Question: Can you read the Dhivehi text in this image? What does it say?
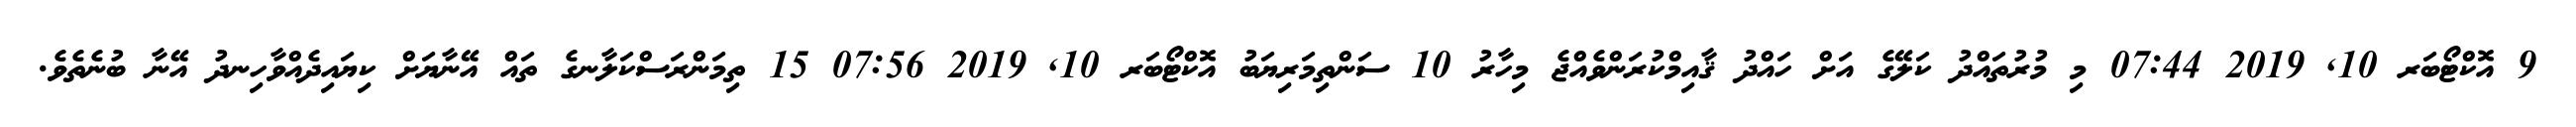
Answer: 9 އޮކްޓޯބަރ 10, 2019 07:44 މި މުރުތައްދު ކަލޭގެ އަށް ހައްދު ޤާއިމްކުރަންވެއްޖެ މިހާރު 10 ސަންތިމަރިޔަބު އޮކްޓޯބަރ 10, 2019 07:56 15 ތިމަންރަސްކަލާނގެ ތައް އޭނާޔަށް ކިޔައިދެއްވާހިނދު އޭނާ ބުނެތެވެ.